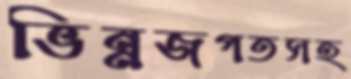
ভিন্নজগতসহ